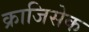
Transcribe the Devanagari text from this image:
क्राजिसेक